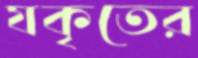
যকৃতের